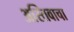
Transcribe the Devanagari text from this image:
अस्तिवाचा